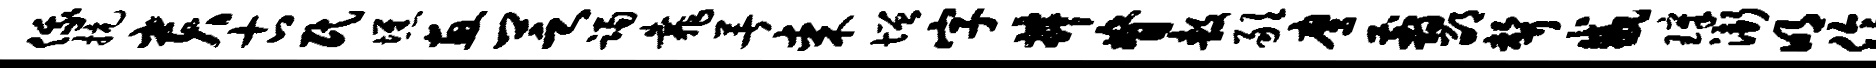
俄抗贵古民憔惠芝躅靠著某增字井脊敖敢鹰翦邵声咸璋渐明伶